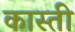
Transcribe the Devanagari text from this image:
कास्ती